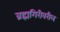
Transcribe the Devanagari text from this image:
ब्रह्मगिरीवरील